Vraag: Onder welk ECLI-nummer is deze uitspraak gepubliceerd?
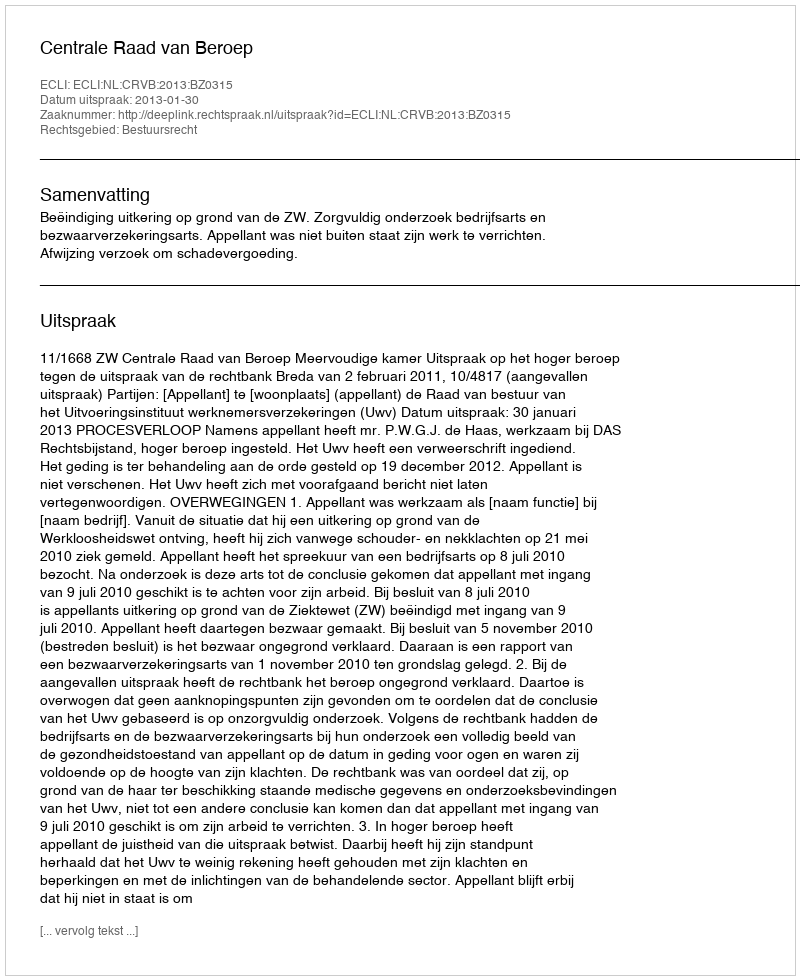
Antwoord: ECLI:NL:CRVB:2013:BZ0315